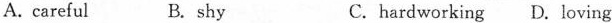
A. careful B.shy C.hardworking D. loving